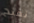
نفتح